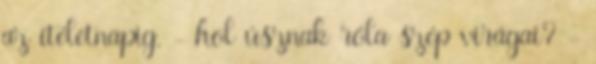
az ítéletnapig. - hol úsznak róla szép virágai? -